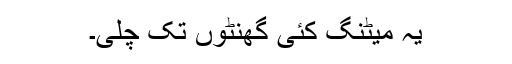
یہ میٹنگ کئی گھنٹوں تک چلی۔